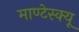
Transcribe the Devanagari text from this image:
माण्टेस्क्यू